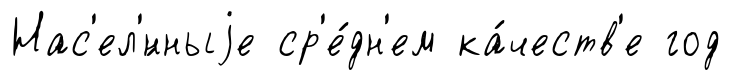
Нас'ел'́нныjе ср'е́дн'ем ка́честв'е год